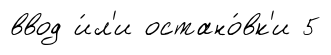
ввод и́л'и остано́вк'и 5